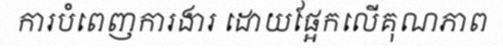
ការបំពេញការងារ ដោយផ្អែកលើគុណភាព